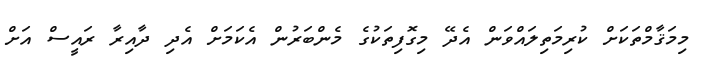
މިމަޤާމްތަކަށް ކުރިމަތިލައްވަން އެދޭ މިގޮފިތަކުގެ މެންބަރުން އެކަމަށް އެދި ދާއިރާ ރައީސް އަށް